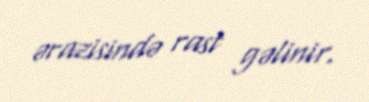
ərazisində rast gəlinir.